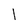
Character: 1